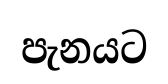
පැනයට